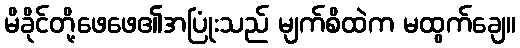
မိခိုင်တို့ဖေဖေ၏အပြုံးသည် မျက်စိထဲက မထွက်ချေ။